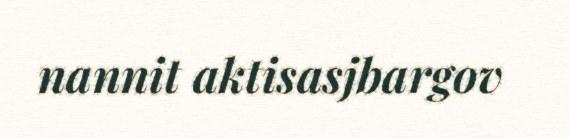
nannit aktisasjbargov